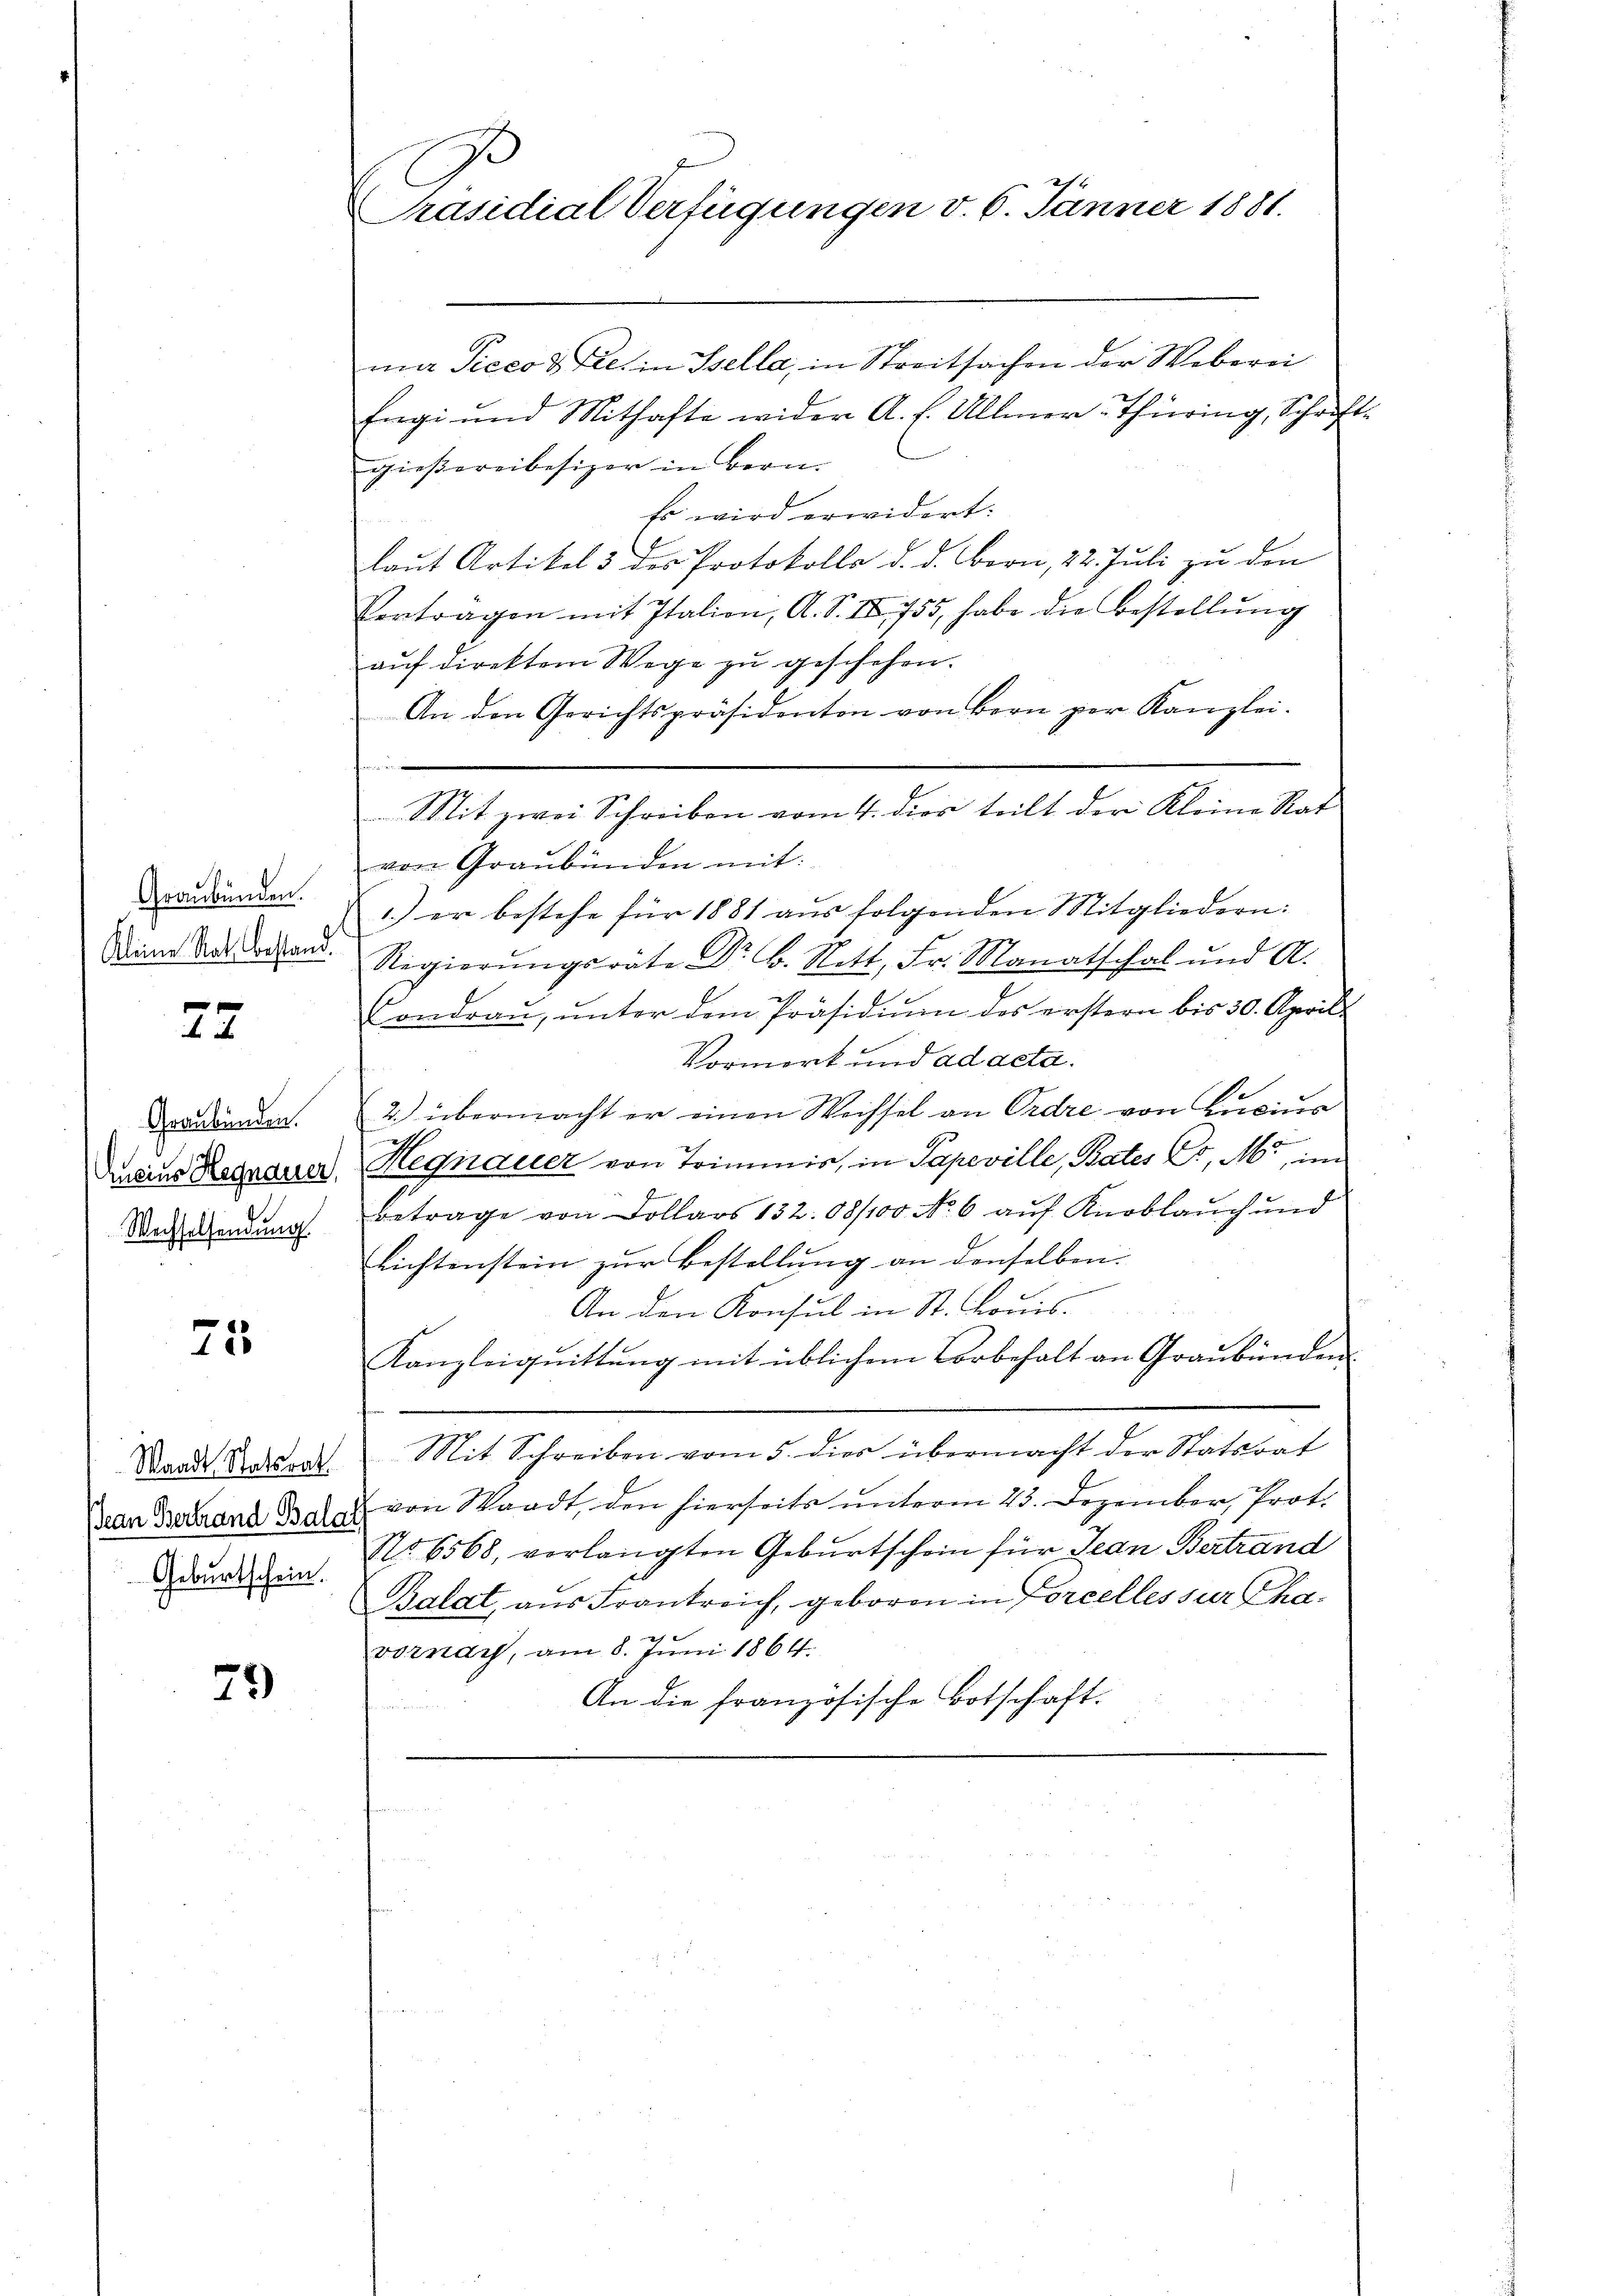
Graubünden.
Kleine Rath bestand.

e
f

Graubünden.
Aneins Hegnauer,
Wachselsendung

75

Waadt Statsrat
Pean Bertrand Balat
Geburtschein.

79)

Präsidial-Verfügungen v. 6. Jänner 1881.

mi Picco & Fel. in Ssella, in Streitsachen der Weberei
Eigi und Mithafte wider A. h. Ullmer-Thüring, Schrift-
gießereibesizer in Bern.
Es wird erwidert:
laut Artikel 3 des Protokolls d. d. Bern, 22. Juli zu den
Vertragen mit Italien, A. S. II 755, habe die Bestellŭng
aŭf direktem Wege zŭ geschehen.
An den Gerichtspräsidenten von Bern per Kanzlei-
von Graubünden mit:
1.) er bestehe für 1881 aus folgenden Mitgliedern:
Regierŭngsrate Dr. B. Nett, Fr. Manatschal und A.
Condraŭ, ŭnter dem Präsidiŭm des erstern bis 30. April
Vormork und ad acta.
2) übermacht er einen Wechsel an Ordre von Lucius
d
Begnauer von Trimmis, in Papeville, Bates C. M., im
Betrage von Dollars 132. 08/100 No 6 auf Knoblauch und
Richtenstein zur Bestellung an denselben. |
An den Konsul in St. Louis.
Kanzleiquittung mit üblichem Vorbehalt an Graubünden
Mit Schreiben vom 5. dies übermacht der Statsort
von Waadt, den hierseits unterm 23. Dezember, Prot.
No 6568, verlangten Geburtschein für Jean Bertrand
Zalat, aus Frankreich, geboren in Forcelles sur Chavornach, am 8. Juni 1864.
An die französische Botschaft.

Mit zwei Schreiben vom 4. dies teilt der Kleine Rat